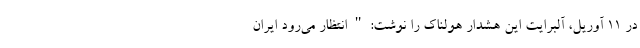
در 11 آوریل، آلبرایت این هشدار هولناک را نوشت: " انتظار می‌رود ایران